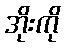
အိုးကို